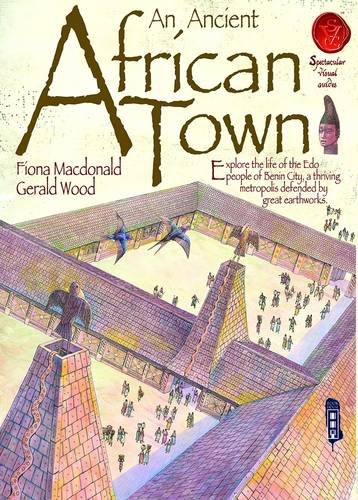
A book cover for African Town (Spectacular Visual Guides); Fiona MacDonald; Children's Books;